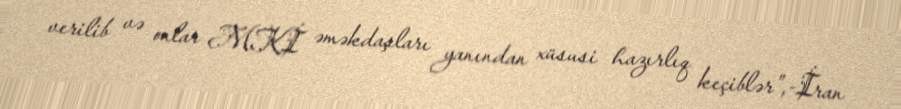
verilib və onlar MKİ əməkdaşları yanından xüsusi hazırlıq keçiblər”,-İran